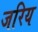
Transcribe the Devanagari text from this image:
जरिय